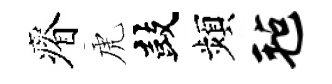
瘠虎鼓頻毡